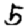
Digit: 5